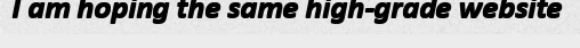
I am hoping the same high-grade website